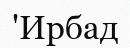
'Ирбад